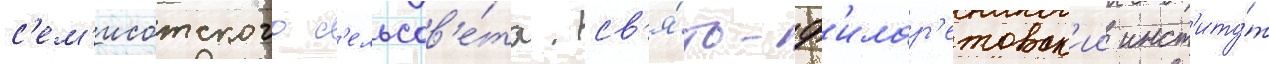
с'ем'исотского с'ельсов'е́та. св'я́то-ф'илар'етовск'ии инст'иту́т